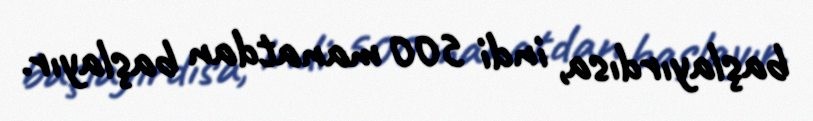
başlayırdısa, indi 500 manatdan başlayır.